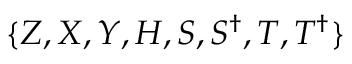
\{ Z , X , Y , H , S , S ^ { \dagger } , T , T ^ { \dagger } \}